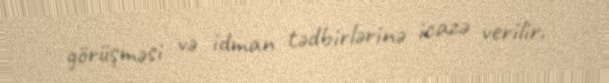
görüşməsi və idman tədbirlərinə icazə verilir.